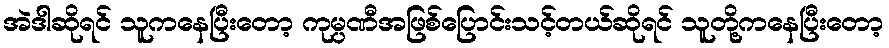
အဲဒါဆိုရင် သူကနေပြီးတော့ ကုမ္ပဏီအဖြစ်ပြောင်းသင့်တယ်ဆိုရင် သူတို့ကနေပြီးတော့